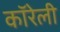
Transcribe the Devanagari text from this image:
कॉरेली